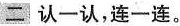
二 认一认，连一连。